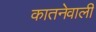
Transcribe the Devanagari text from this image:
कातनेवाली